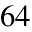
6 4